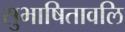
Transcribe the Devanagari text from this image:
सुभाषितावलि